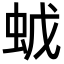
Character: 𧉦